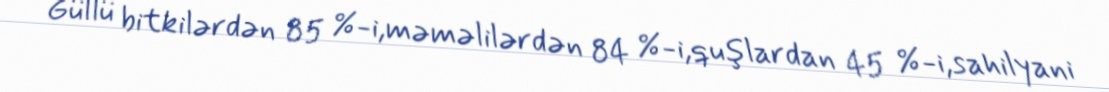
Güllü bitkilərdən 85 %-i,məməlilərdən 84 %-i,quşlardan 45 %-i,sahilyani